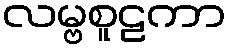
လမ္ဗစူဠကာ